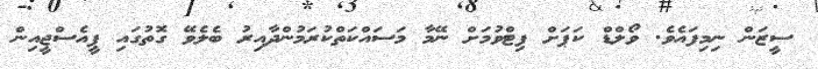
ސީޒަން ނިމިފައެވެ. ވޯލްޑް ކަޕަށް ފިޓްވުމަށް ނޭމާ މަސައްކަތްކުރަމުންދާއިރު ބެލެވޭ ގޮތުގައި ޕީއެސްޖީއިން